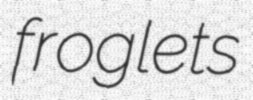
froglets